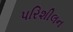
પરિશીલન